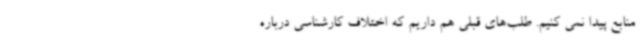
منابع پیدا نمی کنیم. طلب‌های قبلی هم داریم که اختلاف کارشناسی درباره